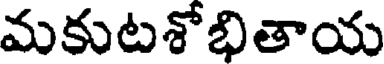
మకుటశోభితాయ